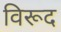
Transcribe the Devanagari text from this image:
विरूद